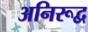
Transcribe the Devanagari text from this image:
अनिरूद्व